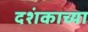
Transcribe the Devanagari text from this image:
दशंकाच्या